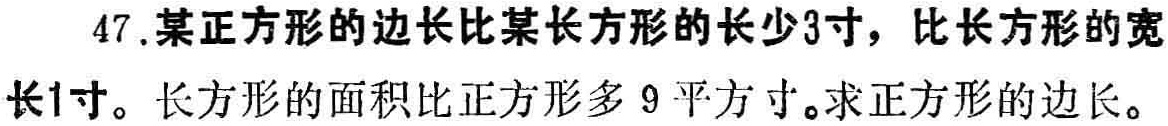
47. 某正方形的边长比某长方形的长少3寸，比长方形的宽长1寸。长方形的面积比正方形多 9 平方寸。求正方形的边长。